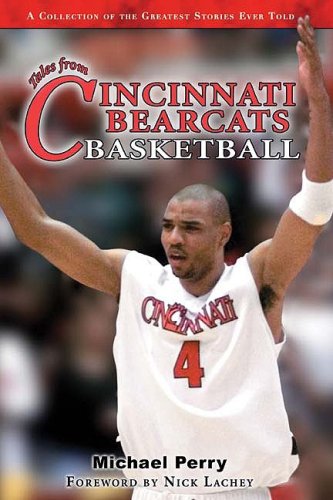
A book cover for Tales from the Cincinnati Bearcats Hardwood; Michael Perry; Sports & Outdoors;